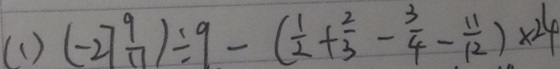
( 1 ) ( - 2 7 \frac { 9 } { 1 1 } ) \div 9 - ( \frac { 1 } { 2 } + \frac { 2 } { 3 } - \frac { 3 } { 4 } - \frac { 1 1 } { 1 2 } ) \times 2 4